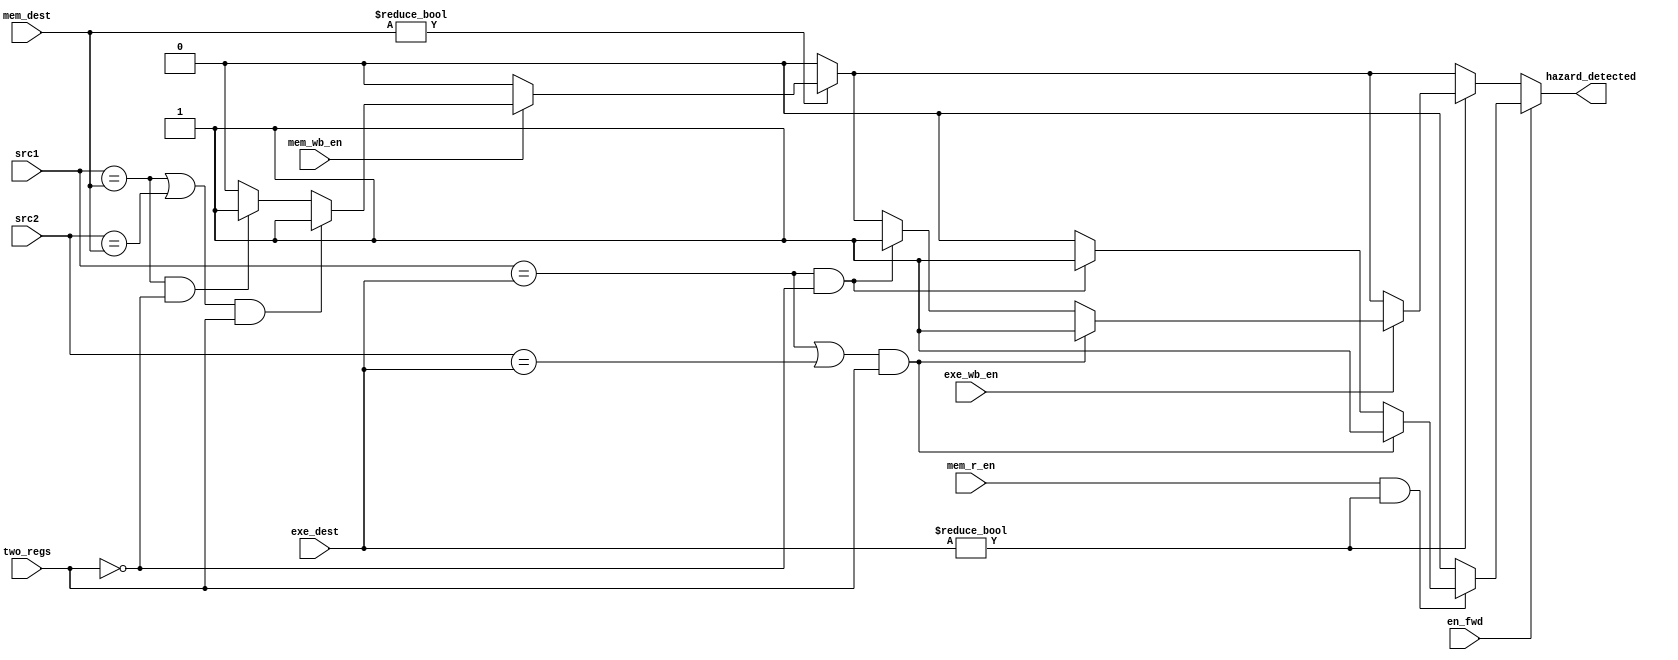
module HazardDU (
	input [4:0] src1, 
	input [4:0] src2, 
	input [4:0] exe_dest, 
	input exe_wb_en, 
	input [4:0] mem_dest, 
	input mem_wb_en, 
	input en_fwd,
	input mem_r_en, 
	input two_regs,
	output reg hazard_detected
	); 
	
	always @ (*) begin 
	    hazard_detected = 1'b0;
	    if(en_fwd == 1'b0) begin
	    	if(mem_dest != 5'd0) begin
          		if(mem_wb_en==1'b1) begin 
        	   		if(((src1==mem_dest) || (src2==mem_dest)) && two_regs == 1'b1) hazard_detected = 1'b1;
			   		else if ((src1==mem_dest) && two_regs == 1'b0) hazard_detected = 1'b1;
        		end 
      		end 
      
      		if(exe_dest != 5'd0) begin
        		if(exe_wb_en==1'b1) begin 
        			if(((src1==exe_dest) || (src2==exe_dest)) && two_regs == 1'b1) hazard_detected = 1'b1;
					else if ((src1==exe_dest) && two_regs == 1'b0) hazard_detected = 1'b1;
        		end 
    		end
    	end 
    	else if(en_fwd == 1'b1) begin
	    	if(mem_r_en == 1'b1 && exe_dest != 5'd0) begin
	        	if(((src1==exe_dest) || (src2==exe_dest)) && two_regs == 1'b1) hazard_detected = 1'b1;
    			else if ((src1==exe_dest) && two_regs == 1'b0) hazard_detected = 1'b1;
	    	end
	    end
    end 
	
endmodule